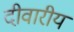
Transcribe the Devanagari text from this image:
दीवारीय